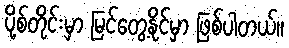
ပို့စ်တိုင်းမှာ မြင်တွေ့နိုင်မှာ ဖြစ်ပါတယ်။